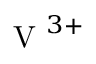
\mathrm { ~ V ~ } ^ { 3 + }